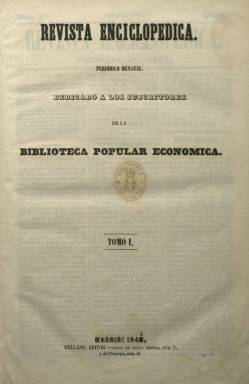
Título: Revista enciclopédica (Madrid)
Colección: Revistas de información general
Ámbito geográfico: Madrid
Lugar de publicación: Madrid
Fechas: 01/10/1846-31/12/1850

Periódico mensual es el subtítulo de esta publicación que uno de los principales editores e impresores de su época, Francisco de Paula Mellado (c. 1810-1876), funda para ofrecerla gratuitamente a los suscriptores de su Biblioteca Popular Económica, una colección de obras tanto clásicas como inéditas –incluidas traducciones de autores europeos– aparecidas entre 1844 y 1863. Las entregas de esta revista, entre las 32 y las 24 páginas cada una y compuestas a tres columnas, forman cuatro tomos, que estuvieron distribuyéndose entre octubre de 1846 y diciembre de 1850. Cada una de ellas comienza con su sumario.

Sus contenidos están estructurados en secciones: Revista religiosa, Noticias, Revista oficial, Revista literaria, Revista agrícola, Revista judicial, Revista industrial, Revista mercantil y Variedades, añadiéndole también otra bajo el epígrafe del nombre del mes en que aparece. El plan inicial del editor Mellado para la confección de esta revista consistía en que los suscriptores de su Biblioteca Popular Económica fueran quienes le remitieran cuantas noticias, apuntes y artículos creyeran conveniente, sobre sucesos notables –“agenos a la política, que no es de nuestra jurisdicción”, señala, aunque llega a publicar una sección bajo el epígrafe Parte política, sobre asuntos internacionales–, o sus conocimientos sobre industria y comercio, así como datos estadísticos, anuncios de los precios de los frutos en provincias o de transportes y proyectos útiles para las empresas.

El primer tomo, y único cuyas entregas van secuenciadas y alcanza hasta diciembre de 1847, lo forman 497 página; el segundo, 388; el tercero, 399, y el cuarto, 387 páginas. Carece de grabados, y al final de cada uno incluye un índice. Cada uno de estos comienza con un listado de legislación, clasificado por los órganos administrativos emisores y ordenado cronológicamente. En sus restantes secciones, entre otros diversos textos, publica uno sobre el proceso contra el príncipe don Carlos, hijo de Felipe II, o unos apuntes históricos sobre la toma de Orán, así como otros de viajes o sobre fiestas reales y la Exposición Industrial de Barcelona, así como noticias curiosas sobre invenciones, agricultura, industria, comercio, ciencias o artes. También inserta unas adicciones al Código Penal.

Al final de cada entrega incluye un breve Boletín del establecimiento tipográfico de Mellado, con noticias sobre sus novedades editoriales, y que ya en 1845 publicaba como periódico mensual de ocho páginas. Entre tales producciones se encontraban otros periódicos y revistas que editó Mellado, algunas de ellas también diseñadas para su distribución gratuita entre los suscriptores de su Biblioteca Popular Económica. Entre tales revistas cabe citar La Crónica, La Semana, La Revisa histórica, El Universo pintoresco, El Álbum pintoresco, El Ómnibus, Museo de las familias y Museo de los niños.

Entre las referencias sobre la obra editora de Mellado, véase la tesis de Ruth López Zazo realizada en la Universidad Complutense de Madrid (2010).